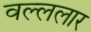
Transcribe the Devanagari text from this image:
वल्ललार